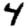
Digit: 4